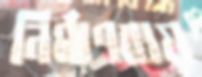
নির্মাণব্যয়